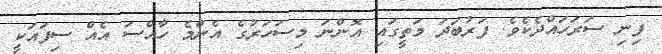
ފިނި ސަރަހައްދެކެވެ. ފަރުބަދަ މަތީގައި އޮންނަ މިސަހަރުގެ އެންމެ ހާއްސަ އެއް ސިފައަކީ